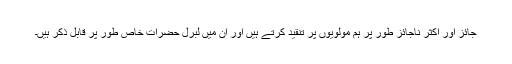
جائز اور اکثر ناجائز طور پر ہم مولویوں پر تنقید کرتے ہیں اور ان میں لبرل حضرات خاص طور پر قابلِ ذکر ہیں۔